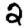
Digit: 2